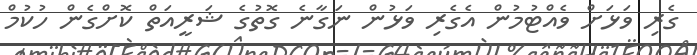
ގެރި ވަޅަށް ވެއްޓުމުން އެގެރި ވަޅުން ނަގާނެ ގޮތުގެ ޝަރީއަތް ކޮށްގެން ހުކުމް